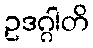
ဥဒဂ္ဂါတိ